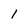
Character: I